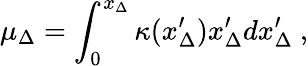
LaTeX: \mu_{\Delta}=\int_{0}^{x_{\Delta}}\kappa(x_{\Delta}^{\prime})x_{\Delta}^{\prime}dx_{\Delta}^{\prime}\ ,